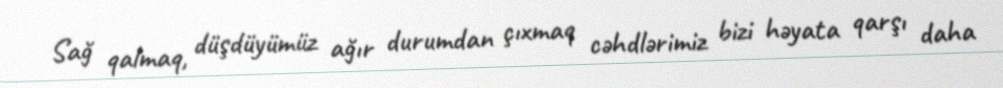
Sağ qalmaq, düşdüyümüz ağır durumdan çıxmaq cəhdlərimiz bizi həyata qarşı daha